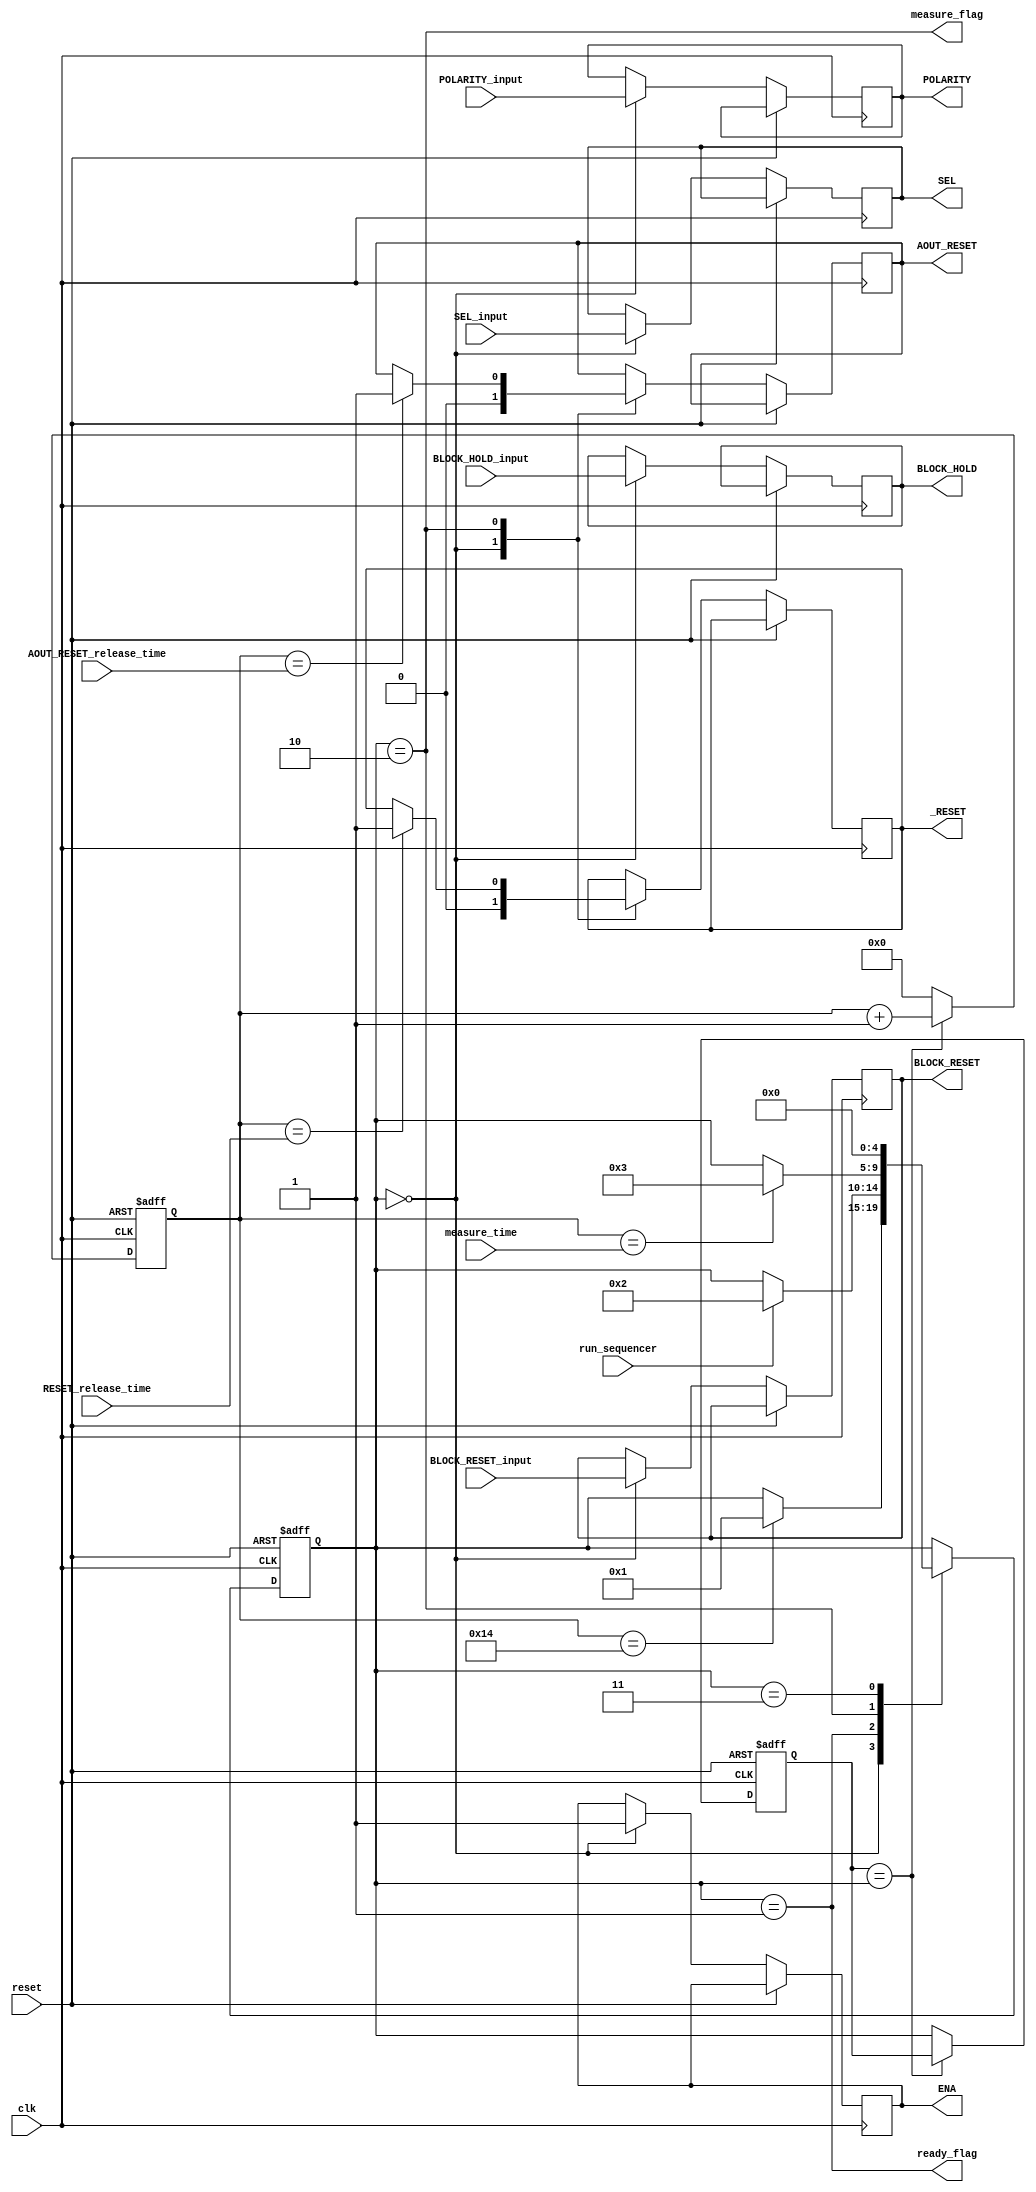
`timescale 1ns/1ps

module sequencer_for_PIX_V1_SW_28_10_19 (
	//-------------------------------------------------------------------//
	// This is the sequencer module to interface with the test structure //
	// that I am calling "PIX_V1_SW_28_10_19" which is the one produced  //
	// by S. Widerkehr that contains 4 TDC test structures.              //
	//-------------------------------------------------------------------//
	input clk,
	input reset,

	input run_sequencer, // Setting this to 1 starts the sequencer.
	input [9:0]RESET_release_time, // After this time since the `run_sequencer` signal, the `_RESET` is released.
	input [9:0]AOUT_RESET_release_time, // After this time since the `run_sequencer` signal, the `AOUT_RESET` is released.
	input [9:0]measure_time, // After this time since the `run_sequencer` signal, the state machine goes out of the "measure" state.
	input [3:0]SEL_input, // When the `run_sequencer` signal arrives, this value will be applied to the `SEL` output.
	input BLOCK_RESET_input, // When the `run_sequencer` signal arrives, this value will be applied to the `BLOCK_RESET` output.
	input BLOCK_HOLD_input, // When the `run_sequencer` signal arrives, this value will be applied to the `BLOCK_HOLD` output.
	input POLARITY_input, // When the `run_sequencer` signal arrives, this value will be applied to the `POLARITY` output.

	output wire ready_flag, // 1 means that the sequencer is ready to start a new run, 0 means it is not.
	output wire measure_flag, // This is what Beat called "measure".

	// PIX_V1_SW_28_10_19 test structure ---//
	output reg [3:0]SEL,                    //
	output reg ENA,                         //
	output reg BLOCK_RESET,                   //
	output reg _RESET,                      //
	output reg AOUT_RESET,                  //
	output reg BLOCK_HOLD,                  //
	output reg POLARITY                    //
	// -------------------------------------//
	);
	// State machine (SM) states ---------------------------------//
	localparam SM_INITIALIZE = 5'd0;                              //
	localparam SM_WAITING_FOR_RUN_SIGNAL = 5'd1;                  //
	localparam SM_MEASURE = 5'd2;                                 //
	localparam SM_FINALIZE = 5'd3;                                //
	reg [4:0]current_state;                                       //
	reg [4:0]previous_state;                                      //
	wire state_did_not_change = previous_state == current_state;  //
	// -----------------------------------------------------------//
	
	reg [9:0]current_state_time_count; // This counts the number of clock cycles that the state machine has been in the "current_state" state. Each time the state changes, this will be reseted to 0.
	
	assign ready_flag = (current_state == SM_WAITING_FOR_RUN_SIGNAL);
	assign measure_flag = (current_state == SM_MEASURE);
	
	always @(posedge clk or posedge reset) begin
		if (reset) begin
			current_state <= SM_INITIALIZE;
			previous_state <= SM_INITIALIZE;
			current_state_time_count <= 9'd0;
			end
		else begin // if NOT reset
			if (state_did_not_change) begin
				current_state_time_count <= current_state_time_count + 9'd1; 
				end
			else begin
				previous_state <= current_state;
				current_state_time_count <= 9'd0; 
				end
			case (current_state) // State machine machinery ---
				SM_INITIALIZE: begin // Things to do before the system is ready to trigger.
					SEL <= SEL_input;
					BLOCK_RESET <= BLOCK_RESET_input;
					BLOCK_HOLD <= BLOCK_HOLD_input;
					POLARITY <= POLARITY_input;
					ENA <= 1'b1;
					AOUT_RESET <= 1'b0;
					_RESET <= 1'b0;
					if (current_state_time_count == 9'd20) current_state <= SM_WAITING_FOR_RUN_SIGNAL; // After this time, we move to the next state. This delay is to ensure the structure was already fully reset.
					end
				SM_WAITING_FOR_RUN_SIGNAL: begin
					if (run_sequencer) current_state <= SM_MEASURE; 
					end
				SM_MEASURE: begin // Whatever has to be done to measure, should be done here.
					if (current_state_time_count == RESET_release_time) _RESET <= 1'b1;
					if (current_state_time_count == AOUT_RESET_release_time) AOUT_RESET <= 1'b1;
					if (current_state_time_count == measure_time) current_state <= SM_FINALIZE;
					end
				SM_FINALIZE: // Things to do after the measurement has been done.
					current_state <= SM_INITIALIZE;
				endcase
			end // else
		end // always
	endmodule